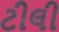
ટીલી